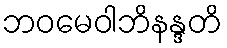
ဘဝမေဝါဘိနန္ဒတိ